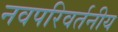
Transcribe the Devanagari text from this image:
नवपरिवर्तनीय